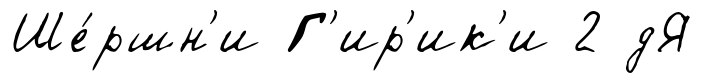
Ше́ршн'и Г'ир'ик'и 2 дЯ